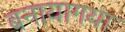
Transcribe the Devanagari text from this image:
बनायागया